Civil Veterinary Department. Madras. Admin. report 1926-33 - 1926-1933
Year: 1926
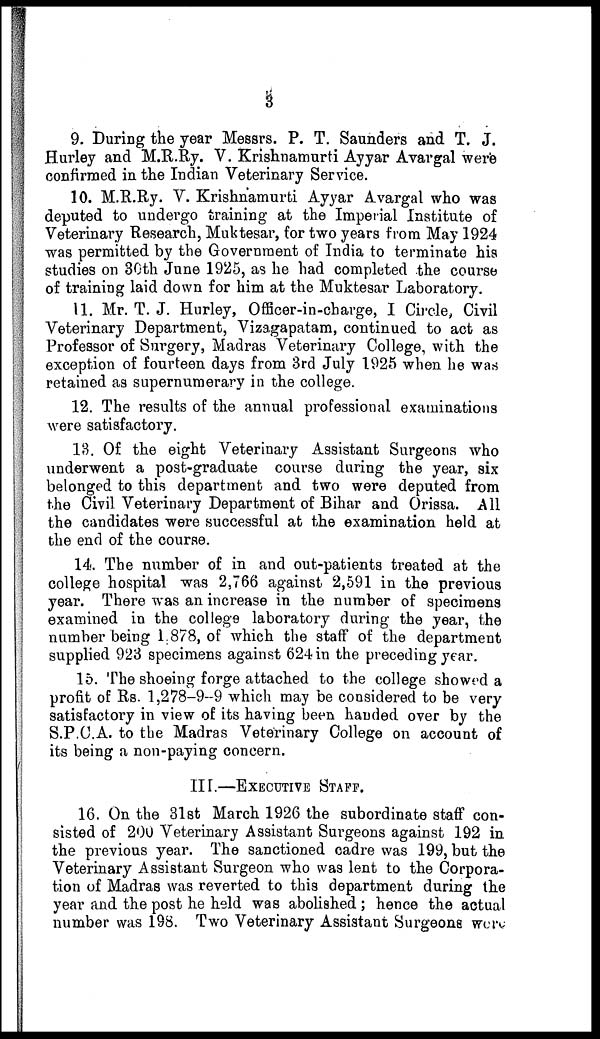
3
9. During the year Messrs. P. T. Saunders and T. J.
Hurley and M.R.Ry. V. Krishnamurti Ayyar Avargal were
confirmed in the Indian Veterinary Service.
10. M.R.Ry. V. Krishnamurti Ayyar Avargal who was
deputed to undergo training at the Imperial Institute of
Veterinary Research, Muktesar, for two years from May 1924
was permitted by the Government of India to terminate his
studies on 30th June 1925, as he had completed the course
of training laid down for him at the Muktesar Laboratory.
11. Mr. T. J. Hurley, Officer-in-charge, I Circle, Civil
Veterinary Department, Vizagapatam, continued to act as
Professor of Surgery, Madras Veterinary College, with the
exception of fourteen days from 3rd July 1925 when he was
retained as supernumerary in the college.
12. The results of the annual professional examinations
were satisfactory.
13. Of the eight Veterinary Assistant Surgeons who
underwent a post-graduate course during the year, six
belonged to this department and two were deputed from
the Civil Veterinary Department of Bihar and Orissa. All
the candidates were successful at the examination held at
the end of the course.
14. The number of in and out-patients treated at the
college hospital was 2,766 against 2,591 in the previous
year. There was an increase in the number of specimens
examined in the college laboratory during the year, the
number being 1.878, of which the staff of the department
supplied 923 specimens against 624 in the preceding year.
15. The shoeing forge attached to the college showed a
profit of Rs. 1,278-9-9 which may be considered to be very
satisfactory in view of its having been handed over by the
S.P.C.A. to the Madras Veterinary College on account of
its being a non-paying concern.
III.—EXECUTIVE STAFF.
16. On the 31st March 1926 the subordinate staff con-
sisted of 200 Veterinary Assistant Surgeons against 192 in
the previous year. The sanctioned cadre was 199, but the
Veterinary Assistant Surgeon who was lent to the Corpora-
tion of Madras was reverted to this department during the
year and the post he held was abolished ; hence the actual
number was 198. Two Veterinary Assistant Surgeons were